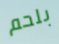
بلحم